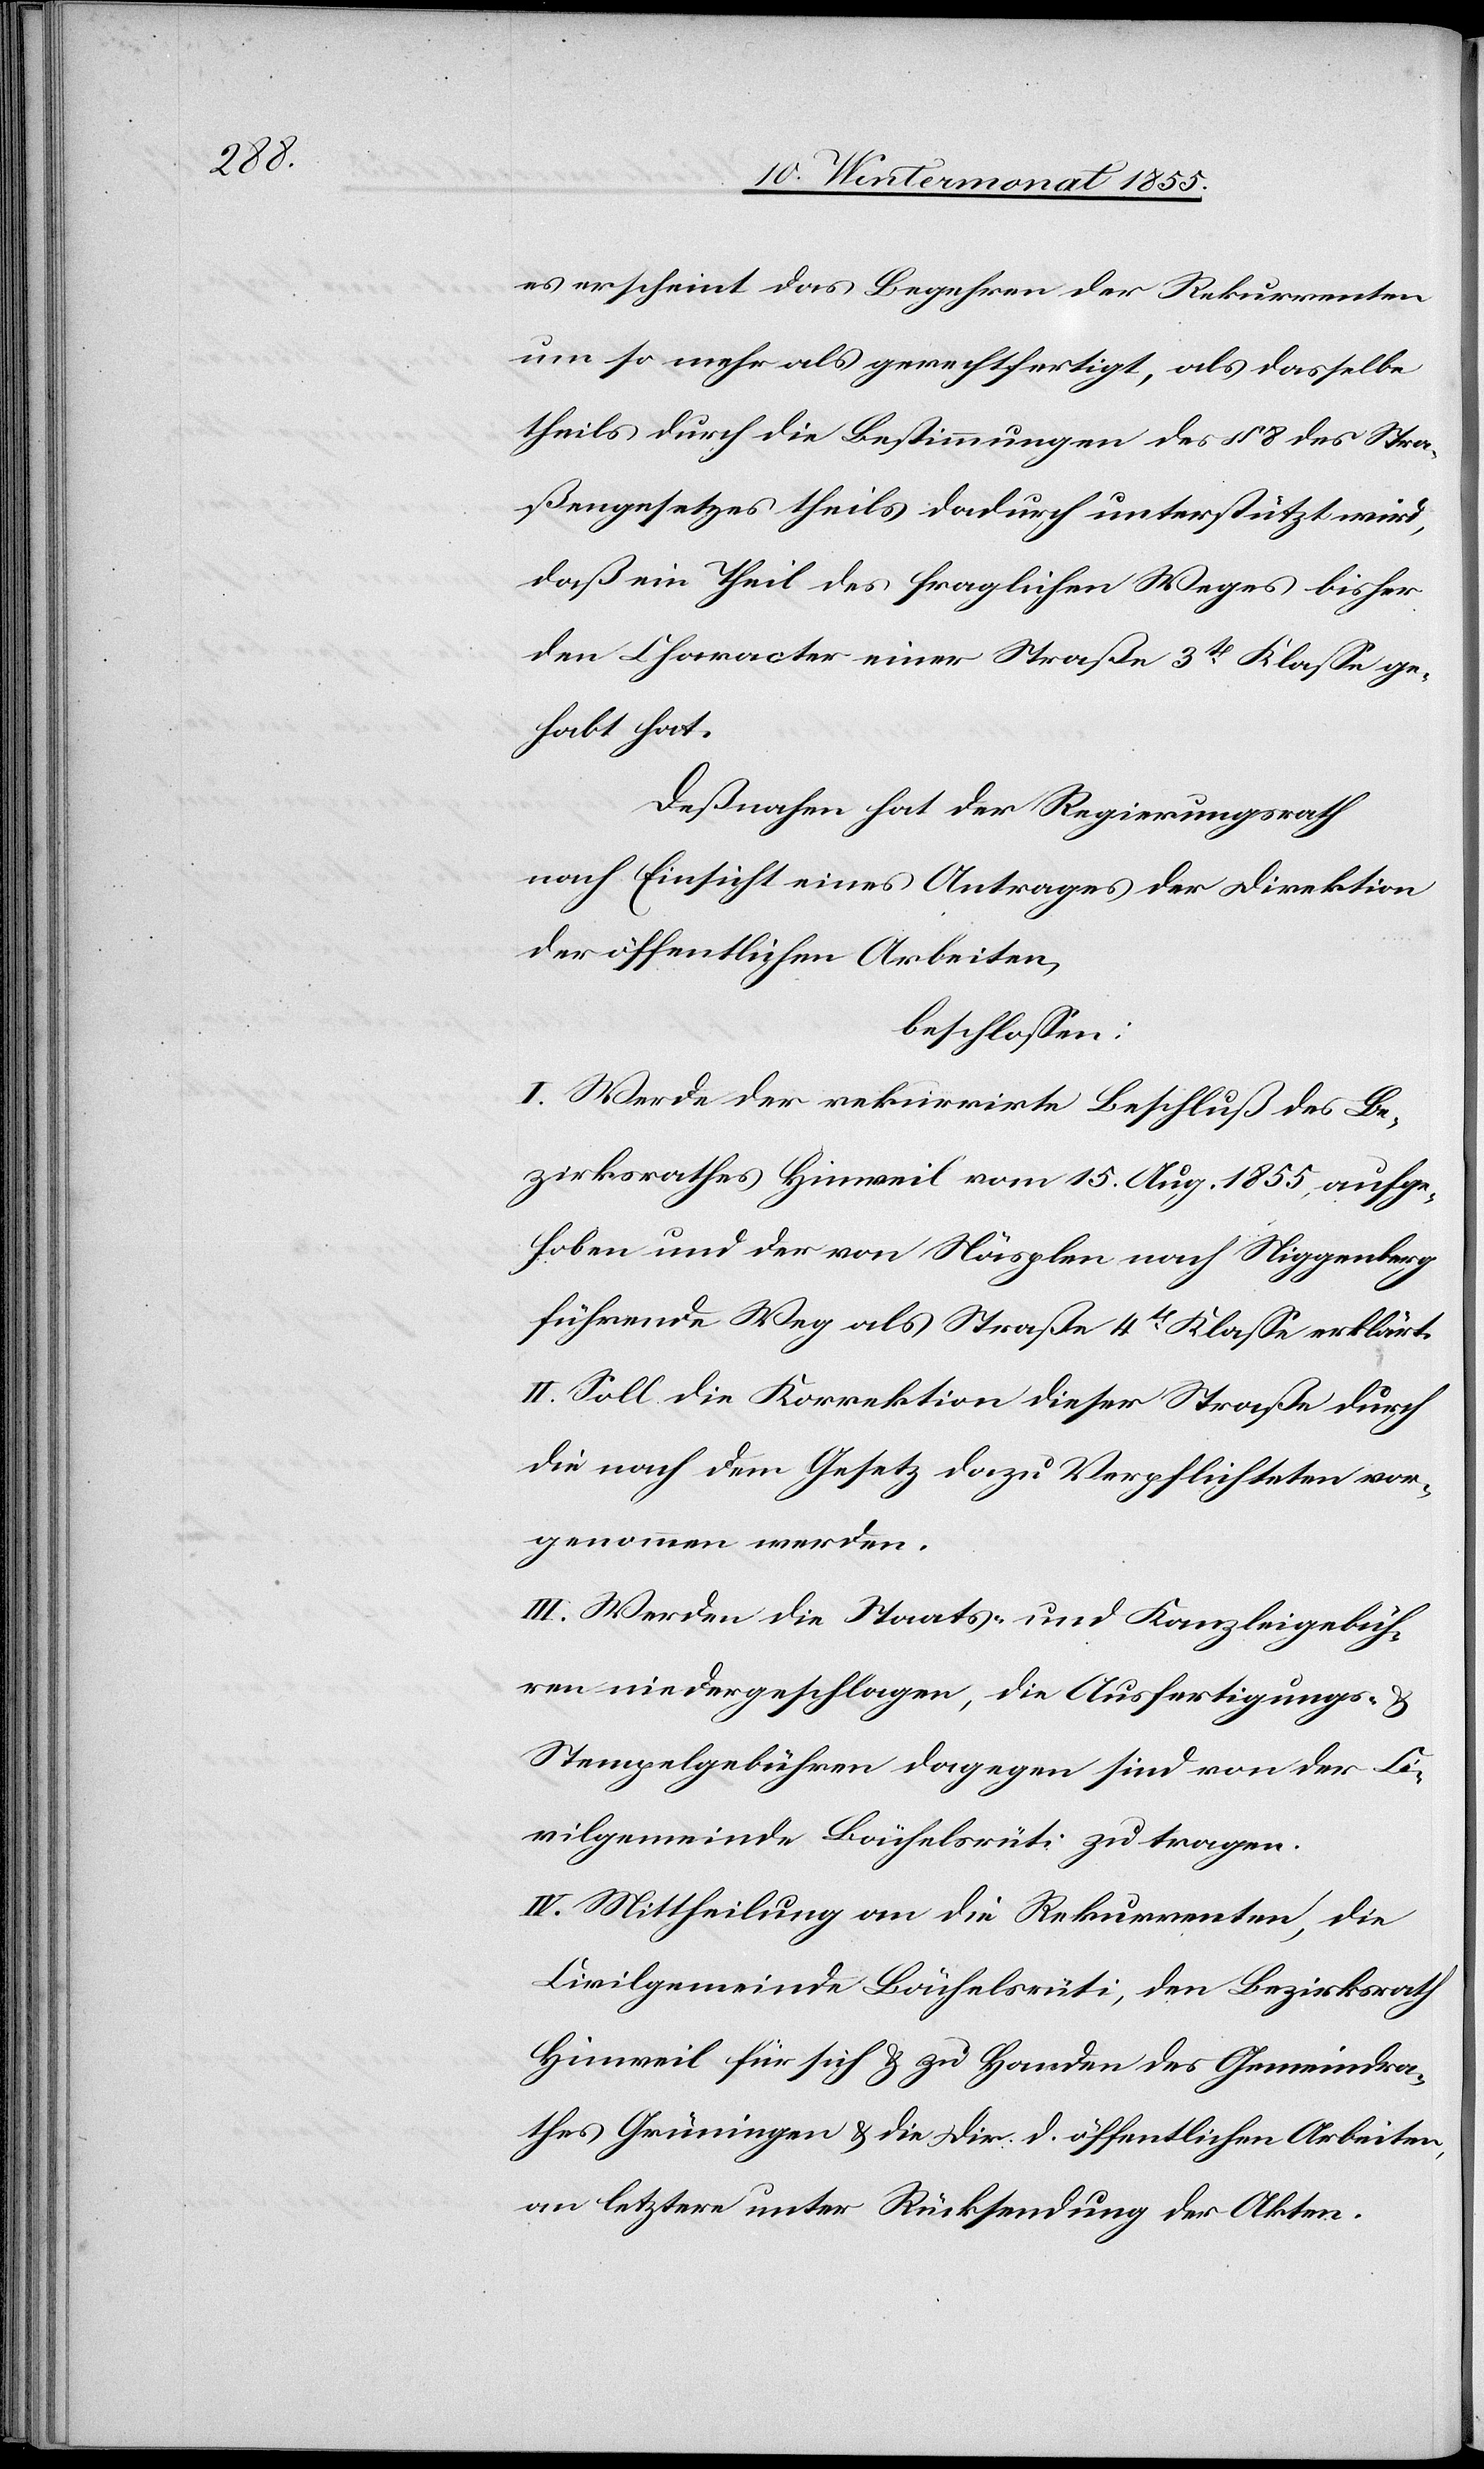
es erscheint das Begehren der Rekurrenten
um so mehr als gerechtfertigt, als dasselbe
theils durch die Bestimmungen des § 8 des Stra¬
ßengesetzes theils dadurch unterstützt wird,
daß ein Theil des fraglichen Weges bisher
den Character einer Straße 3t Klasse ge¬
habt hat.
Deßnahen hat der Regierungsrath
nach Einsicht eines Antrages der Direktion
der öffentlichen Arbeiten,
beschlossen:
I. Werde der rekurrirte Beschluß des Be¬
zirksrathes Hinweil vom 15. Aug. 1855, aufge¬
hoben und der von Näsplen nach Niggenberg
führende Weg als Straße 4t Klasse erklärt.
II. Soll die Korrektion dieser Straße durch
die nach dem Gesetz dazu Verpflichteten vor¬
genommen werden.
III. Werden die Staats- und Kanzleigebüh¬
ren niedergeschlagen, die Ausfertigungs- &
Stempelgebühren dagegen sind von der Ci¬
vilgemeinde Bächelsrüti zu tragen.
IV. Mittheilung an die Rekurrenten, die
Civilgemeinde Bächelsrüti, den Bezirksrath
Hinweil für sich & zu Handen des Gemeindra¬
thes Grüningen & die Dir. d. öffentlichen Arbeiten,
an letztere unter Rücksendung der Akten.